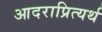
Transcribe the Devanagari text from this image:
आदराप्रित्यर्थ